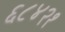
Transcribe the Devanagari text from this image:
६८४२१